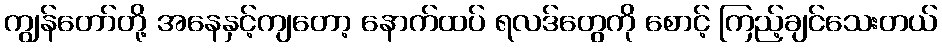
ကျွန်တော်တို့ အနေနှင့်ကျတော့ နောက်ထပ် ရလဒ်တွေကို စောင့် ကြည့်ချင်သေးတယ်